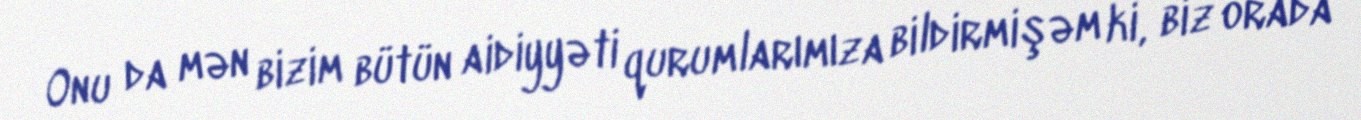
Onu da mən bizim bütün aidiyyəti qurumlarımıza bildirmişəm ki, biz orada